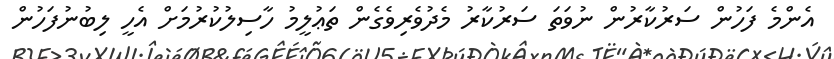
އެންމެ ފަހުން ސަރުކާރުން ނުވަތަ ސަރުކާރު މެދުވެރިވެގެން ތަޢުލީމު ހާސިލުކުރުމަށް އެހީ ލިބުނުފަހުން